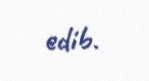
edib.